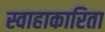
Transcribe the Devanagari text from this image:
स्वाहाकारिता